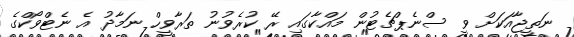
ނަތީޖާއަކަށް ވީ ސްނެޕްޗެޓުން މައްކާގައި ރޭ ކުރެވުނު ތަރާވީހް ނަމާދު އެ ނެޓްވޯކްގެ